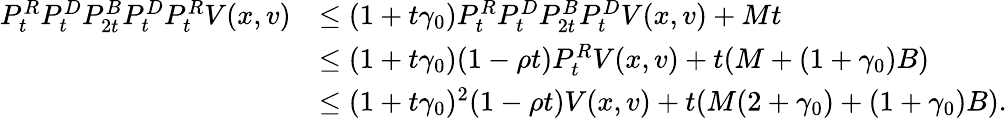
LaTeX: \begin{array}{rl}{P_{t}^{R}P_{t}^{D}P_{2t}^{B}P_{t}^{D}P_{t}^{R}V(x,v)}&{\leq(1+t\gamma_{0})P_{t}^{R}P_{t}^{D}P_{2t}^{B}P_{t}^{D}V(x,v)+Mt}\\ &{\leq(1+t\gamma_{0})(1-\rho t)P_{t}^{R}V(x,v)+t(M+(1+\gamma_{0})B)}\\ &{\leq(1+t\gamma_{0})^{2}(1-\rho t)V(x,v)+t(M(2+\gamma_{0})+(1+\gamma_{0})B).}\end{array}